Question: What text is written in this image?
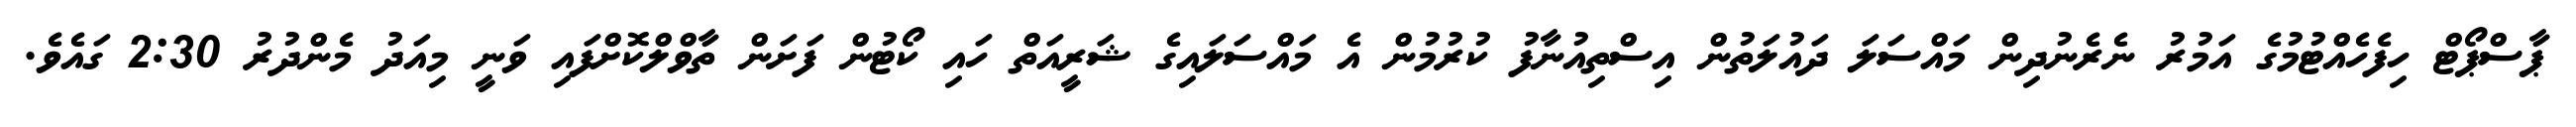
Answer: ޕާސްޕޯޓް ހިފެހެއްޓުމުގެ އަމުރު ނެރެނުދިން މައްސަލަ ދައުލަތުން އިސްތިއުނާފު ކުރުމުން އެ މައްސަލައިގެ ޝަރީއަތް ހައި ކޯޓުން ފަށަން ތާވްލްކޮށްފައި ވަނީ މިއަދު މެންދުރު 2:30 ގައެވެ.